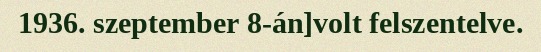
1936. szeptember 8-án]volt felszentelve.